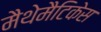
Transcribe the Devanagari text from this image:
मैथेमैटिकेस